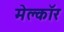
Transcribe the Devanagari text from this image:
मेल्कॉर